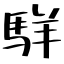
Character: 𩣆